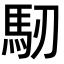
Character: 𩡲